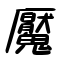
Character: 魘